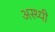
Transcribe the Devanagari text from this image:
अस्थ्यी